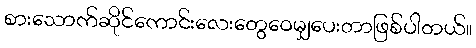
စားသောက်ဆိုင်ကောင်းလေးတွေဝေမျှပေးတာဖြစ်ပါတယ်။